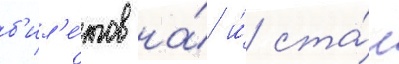
б'ил'е́тов на́ и́ ста́л